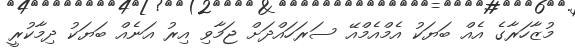
މުޒާހަރާގެ އެއް ބަޔަކު އެމްއެމްއޭ ސަރަހައްދަށް ޖަމާވި އިރު އަނެއް ބަޔަކު ދިމާކުރީ